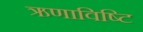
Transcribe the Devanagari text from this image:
ऋणाविष्टि